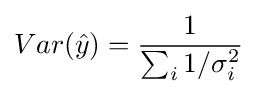
Var({\hat {y}})={\frac {1}{\sum _{i}1/\sigma _{i}^{2}}}